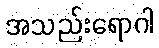
အသည်းရောဂါ